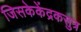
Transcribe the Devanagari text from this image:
जिसकेकेंद्रकसुत्र